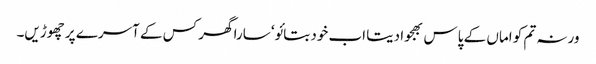
ورنہ تم کو اماں کے پاس بھجوا دیتا اب خود بتائو‘ سارا گھر کس کے آسرے پر چھوڑیں۔